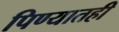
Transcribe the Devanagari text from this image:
पिण्यातही